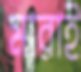
মারাই